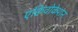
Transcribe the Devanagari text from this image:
एक्विवोकेशन